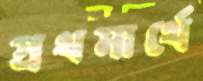
প্রথমার্থে